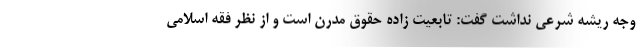
وجه ریشه شرعی نداشت گفت: تابعیت زاده حقوق مدرن است و از نظر فقه اسلامی